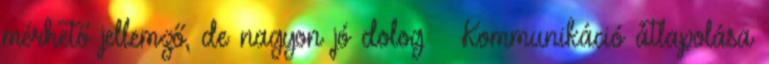
mérhető jellemző, de nagyon jó dolog – Kommunikáció átlapolása